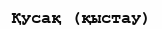
Қусақ (қыстау)